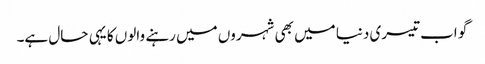
گو اب تیسری دنیا میں بھی شہروں میں رہنے والوں کا یہی حال ہے۔